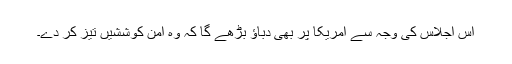
اس اجلاس کی وجہ سے امریکا پر بھی دباؤ بڑھے گا کہ وہ امن کوششیں تیز کر دے۔